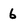
Character: 6